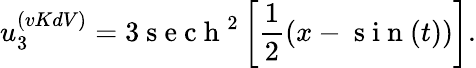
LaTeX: u_{3}^{(vKdV)}=3\mathrm{~s~e~c~h~}^{2}\left[\frac{1}{2}(x-\mathrm{~s~i~n~}(t))\right].